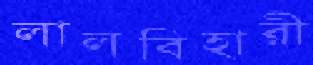
লালবিহারী